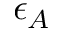
\epsilon _ { A }